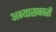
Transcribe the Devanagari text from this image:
अभ्‍यासकारों